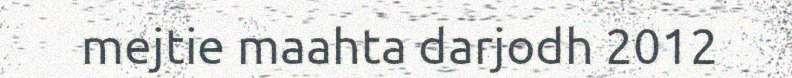
mejtie maahta darjodh 2012